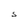
Character: S